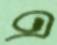
এ